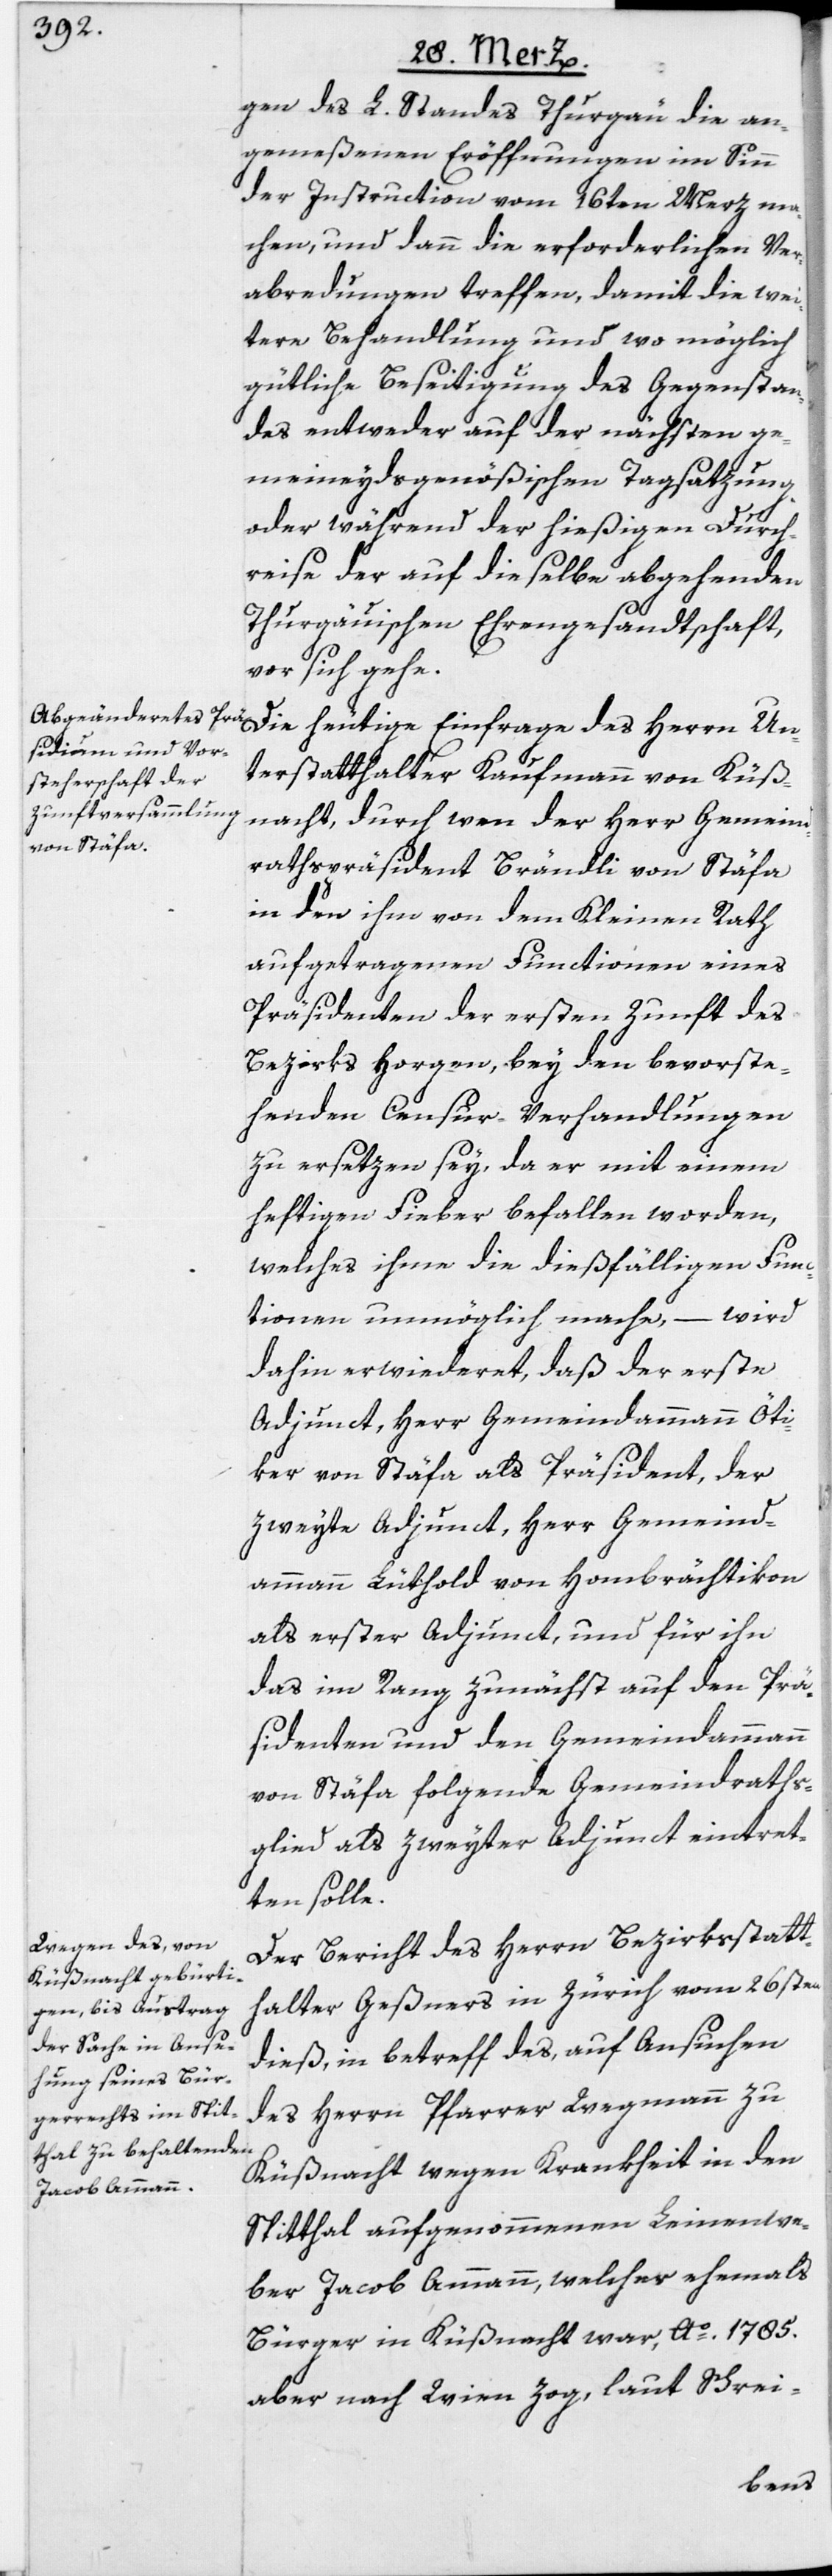
gen des L. Standes Thurgau die an¬
gemeßenen Eröffnungen im Sinn
der Instruction vom 16ten Merz ma¬
chen, und dann die erforderlichen Ver¬
abredungen treffen, damit die wei¬
tere Behandlung und wo möglich
gütliche Beseitigung des Gegenstan¬
des entweder auf der nächsten ge¬
meineydsgenößischen Tagsatzung
oder während der hießigen Durch¬
reise der auf dieselbe abgehenden
Thurgauischen Ehrengesandtschaft,
vor sich gehe.
Unterstatthalter Kaufmann von Küß¬
nacht, durch wen der Herr Gemeind¬
rathspräsident Brändli von Stäfa
in den ihm von dem Kleinen Rath
aufgetragenen Functionen eines
Präsidenten der ersten Zunft des
Bezirks Horgen, bey den bevorste¬
henden Censur-Verhandlungen
zu ersetzen sey, da er mit einem
heftigen Fieber befallen worden,
welches ihme die dießfälligen Func¬
tionen unmöglich mache, – wird
dahin erwiederet, daß der erste
Adjunct, Herr Gemeindammann Öti¬
ker von Stäfa als Präsident, der
zweyte Adjunct, Herr Gemeind¬
ammann Lüthold von Hombrächtikon
als erster Adjunct, und für ihn
das im Rang zunächst auf den Prä¬
sidenten und den Gemeindammann
von Stäfa folgende Gemeindraths¬
glied als zweyter Adjunct eintret¬
ten solle.
Der Bericht des Herrn Bezirksstatt¬
halter Geßners in Zürich vom 26sten
dieß, in betreff des, auf Ansuchen
des Herrn Pfarrer Wegmann zu
Küßnacht wegen Krankheit in den
Spitthal aufgenommenen Leinenwe¬
ber Jacob Ammann, welcher ehemals
Bürger in Küßnacht war, Ao. 1785.
aber nach Wien zog, laut Schrei-